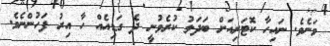
ވަނެވެ. ނައިހާ ކޮޓަރިއަށް ބަދަލު ކުރެވުނީ ދެ ގަޑިއެއް ހާ އިރު ފަހުންނެވެ.